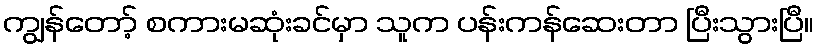
ကျွန်တော့် စကားမဆုံးခင်မှာ သူက ပန်းကန်ဆေးတာ ပြီးသွားပြီ။